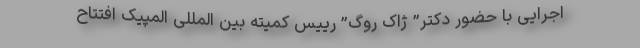
اجرایی با حضور دکتر” ژاک روگ” رییس کمیته بین المللی المپیک افتتاح